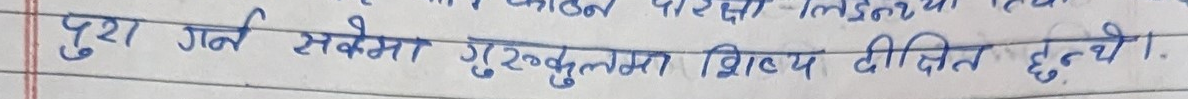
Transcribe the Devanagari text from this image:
पुज्ञ गर्न सकेमा गुरुकुलम शिष्य दीक्षित छन्दथे।